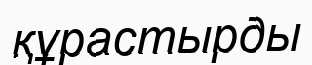
құрастырды